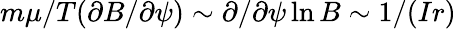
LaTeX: m\mu/T(\partial B/\partial\psi)\sim\partial/\partial\psi\ln B\sim 1/(Ir)